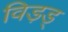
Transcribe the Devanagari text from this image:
विड़ड्